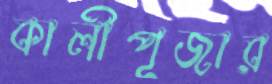
কালীপূজার